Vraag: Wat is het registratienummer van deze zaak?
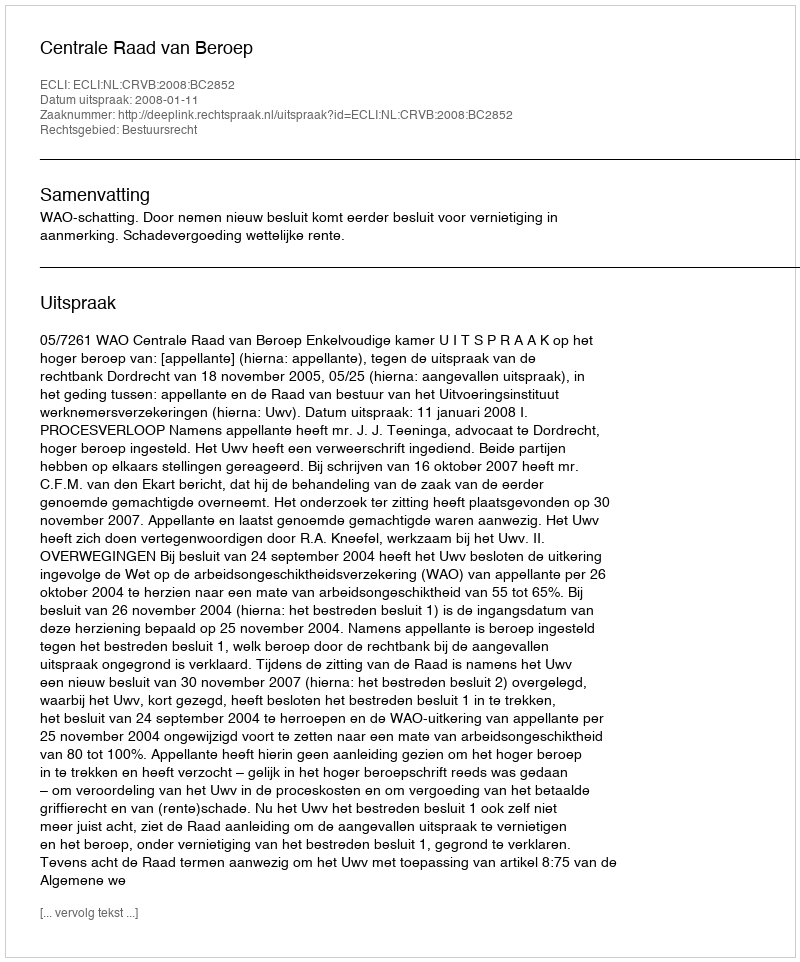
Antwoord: http://deeplink.rechtspraak.nl/uitspraak?id=ECLI:NL:CRVB:2008:BC2852